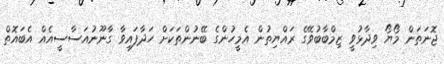
ޖޮނަތަން މޯޔޯ ވިދާޅުވީ ޒިމްބާބުވޭގެ ރައްޔިތުން އެމީހުންގެ ބޭނުންތަކަށް ހަދާފައިވާ ގާނޫނުއަސާސީއެއް އެބައޮތް